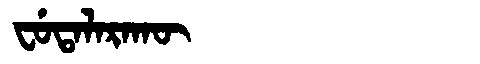
Manchu: ᠸᡠᡨᠠᠯᠠᡵᠠᡴᡡ
Romanization: FUTALARAKŪ